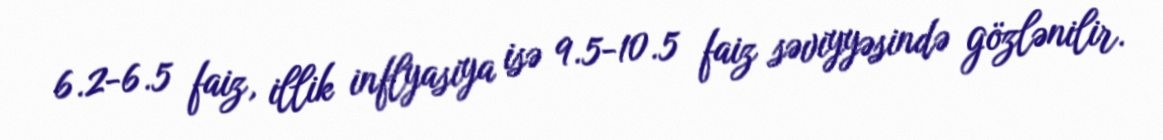
6.2-6.5 faiz, illik inflyasiya isə 9.5-10.5 faiz səviyyəsində gözlənilir.